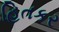
હિતકર